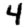
Digit: 4